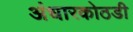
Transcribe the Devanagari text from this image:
अंधारकोठडी